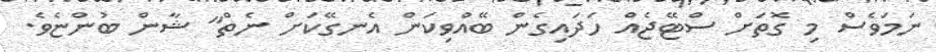
ނަމަވެސް މި ގޮތަށް ސްޓޭޖެއް ހަދައިގެން ބޭއްވިކަން އެނގޭކަށް ނެތް" ޝާން ބުންޏެވެ.